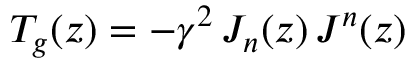
T _ { g } ( z ) = - \gamma ^ { 2 } \, J _ { n } ( z ) \, J ^ { n } ( z )